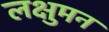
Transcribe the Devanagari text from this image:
लक्षुमन